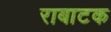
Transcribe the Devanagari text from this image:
राबाटक